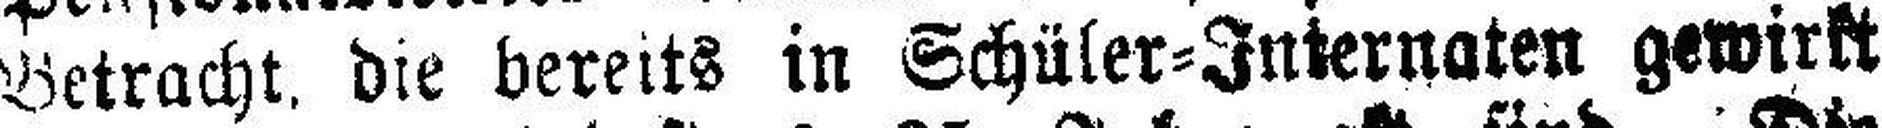
Betracht, die bereits in Schüler=Internaten gewirkt